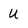
Character: U